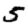
Digit: 5